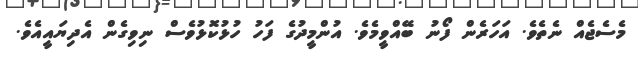
މެސެޖެއް ނެތެވެ. އަހަރެން ފޯނު ބޭއްވީމެވެ. އުންމީދުގެ ފަހު ހުޅުކޮޅުވެސް ނިވިގެން އެދިޔައީއެވެ.